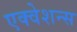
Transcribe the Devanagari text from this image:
एक्वेशन्स